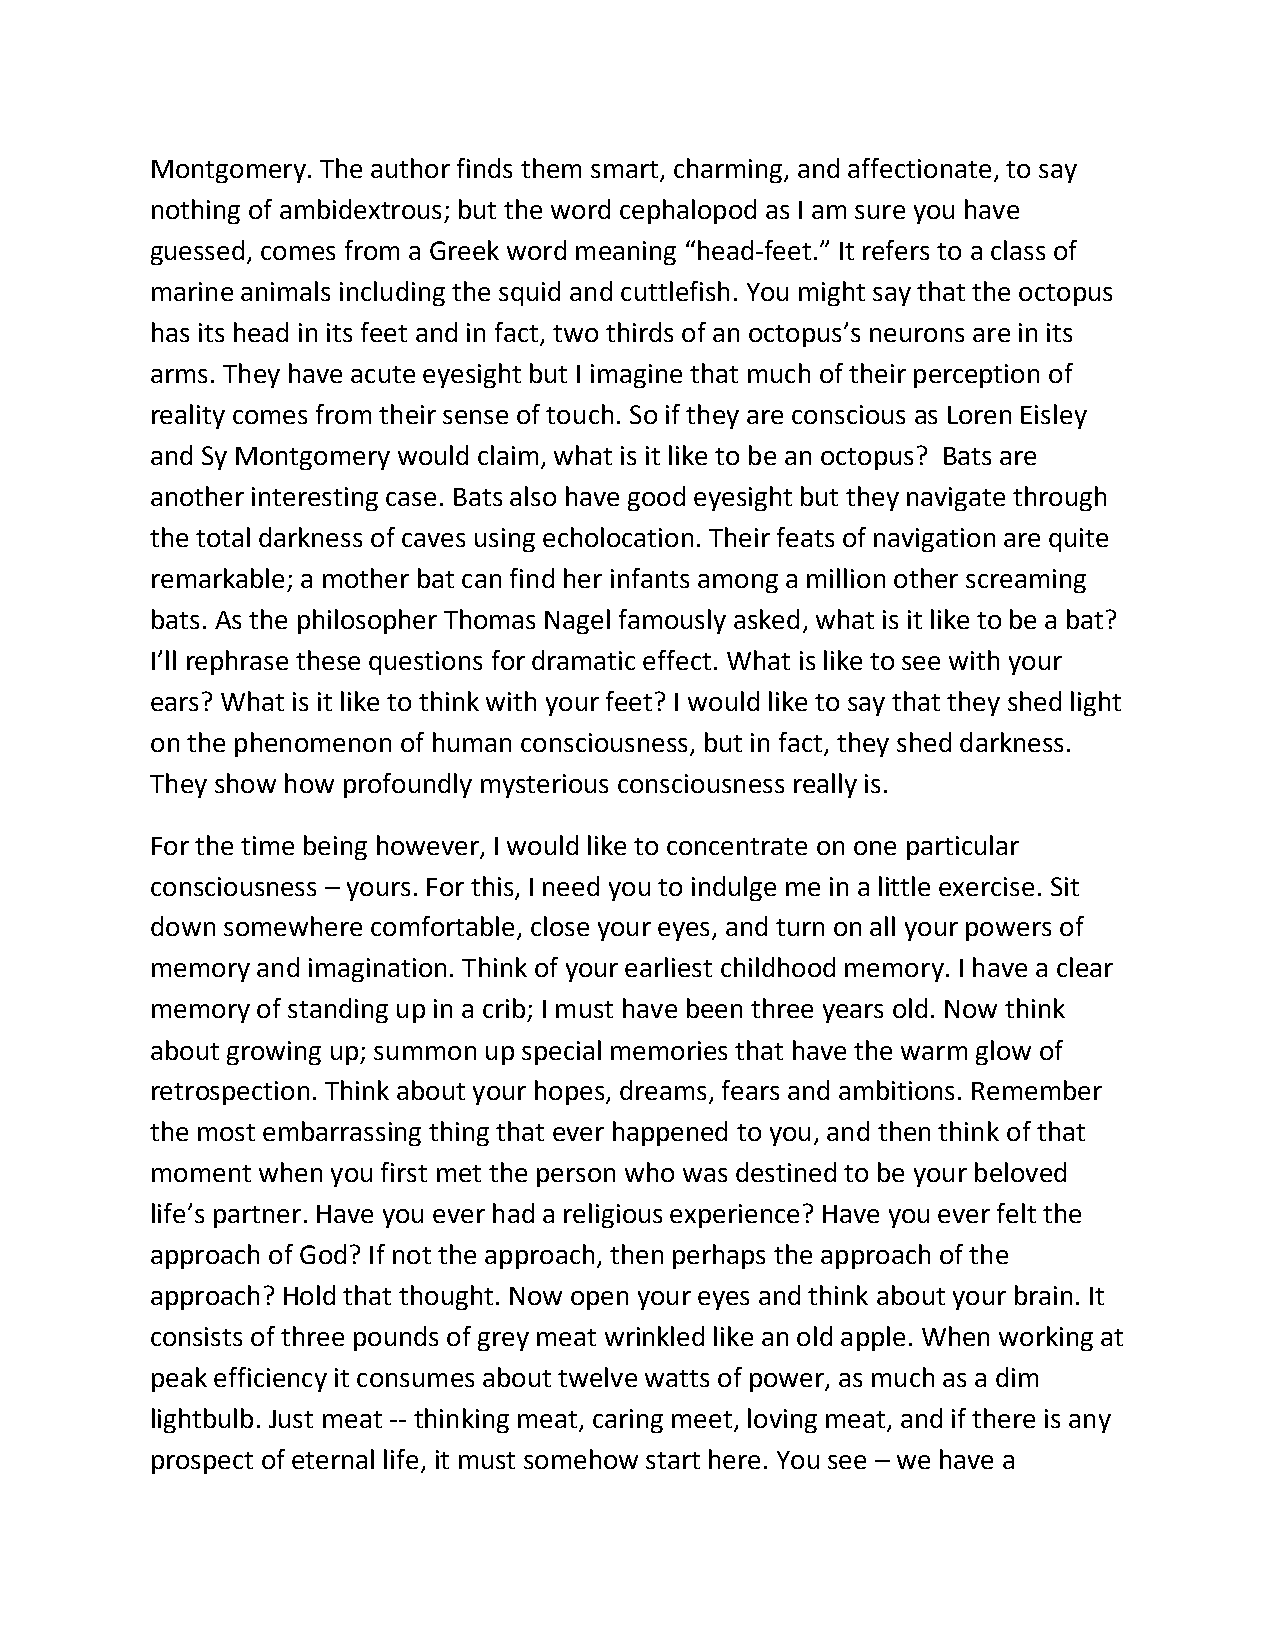
Montgomery. The author finds them smart, charming, and affectionate, to say
 nothing of ambidextrous; but the word cephalopod as I am sure you have
 guessed, comes from a Greek word meaning “head-feet.” It refers to a class of
 marine animals including the squid and cuttlefish. You might say that the octopus
 has its head in its feet and in fact, two thirds of an octopus’s neurons are in its
 arms. They have acute eyesight but I imagine that much of their perception of
 reality comes from their sense of touch. So if they are conscious as Loren Eisley
 and Sy Montgomery would claim, what is it like to be an octopus? Bats are
 another interesting case. Bats also have good eyesight but they navigate through
 the total darkness of caves using echolocation. Their feats of navigation are quite
 remarkable; a mother bat can find her infants among a million other screaming
 bats. As the philosopher Thomas Nagel famously asked, what is it like to be a bat?
 I’ll rephrase these questions for dramatic effect. What is like to see with your
 ears? What is it like to think with your feet? I would like to say that they shed light
 on the phenomenon of human consciousness, but in fact, they shed darkness.
 They show how profoundly mysterious consciousness really is.
 For the time being however, I would like to concentrate on one particular
 consciousness – yours. For this, I need you to indulge me in a little exercise. Sit
 down somewhere comfortable, close your eyes, and turn on all your powers of
 memory and imagination. Think of your earliest childhood memory. I have a clear
 memory of standing up in a crib; I must have been three years old. Now think
 about growing up; summon up special memories that have the warm glow of
 retrospection. Think about your hopes, dreams, fears and ambitions. Remember
 the most embarrassing thing that ever happened to you, and then think of that
 moment when you first met the person who was destined to be your beloved
 life’s partner. Have you ever had a religious experience? Have you ever felt the
 approach of God? If not the approach, then perhaps the approach of the
 approach? Hold that thought. Now open your eyes and think about your brain. It
 consists of three pounds of grey meat wrinkled like an old apple. When working at
 peak efficiency it consumes about twelve watts of power, as much as a dim
 lightbulb. Just meat -- thinking meat, caring meet, loving meat, and if there is any
 prospect of eternal life, it must somehow start here. You see – we have a